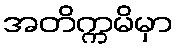
အတိက္ကမိမှာ